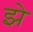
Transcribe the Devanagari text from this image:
झे